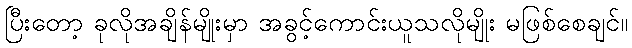
ပြီးတော့ ခုလိုအချိန်မျိုးမှာ အခွင့်ကောင်းယူသလိုမျိုး မဖြစ်စေချင်။